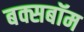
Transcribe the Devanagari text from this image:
बक्सबॉम